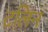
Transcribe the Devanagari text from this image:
टलिन